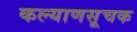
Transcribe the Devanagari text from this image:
कल्याणसूचक